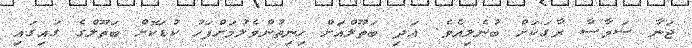
ޖަނާ ސަމާސާ ރާގަކަށް ބުނެލިއެވެ. އަދި ބަތޫލްއަށް ހިނިތުންވެލުމަށްފަހު ކުޑަކޮށް ބަތޫލްގެ ގައިގައި